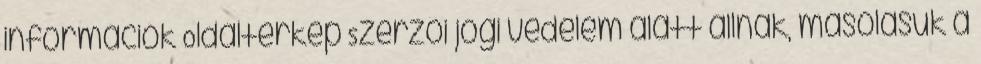
információk Oldaltérkép Szerzői jogi védelem alatt állnak, másolásuk a